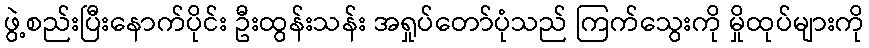
ဖွဲ့စည်းပြီးနောက်ပိုင်း ဦးထွန်းသန်း အရှုပ်တော်ပုံသည် ကြက်သွေးကို မှိုထုပ်များကို